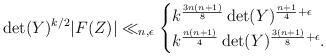
LaTeX: \begin{align*} \det(Y)^{k/2} |F(Z)| \ll_{n,\epsilon}\begin{cases} k^{\frac{3n(n+1)}{8}} \det(Y)^{\frac{n+1}{4}+\epsilon}\\ k^{\frac{n(n+1)}{4}} \det(Y)^{\frac{3(n+1)}{8}+\epsilon}.\end{cases}\end{align*}